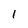
Character: I